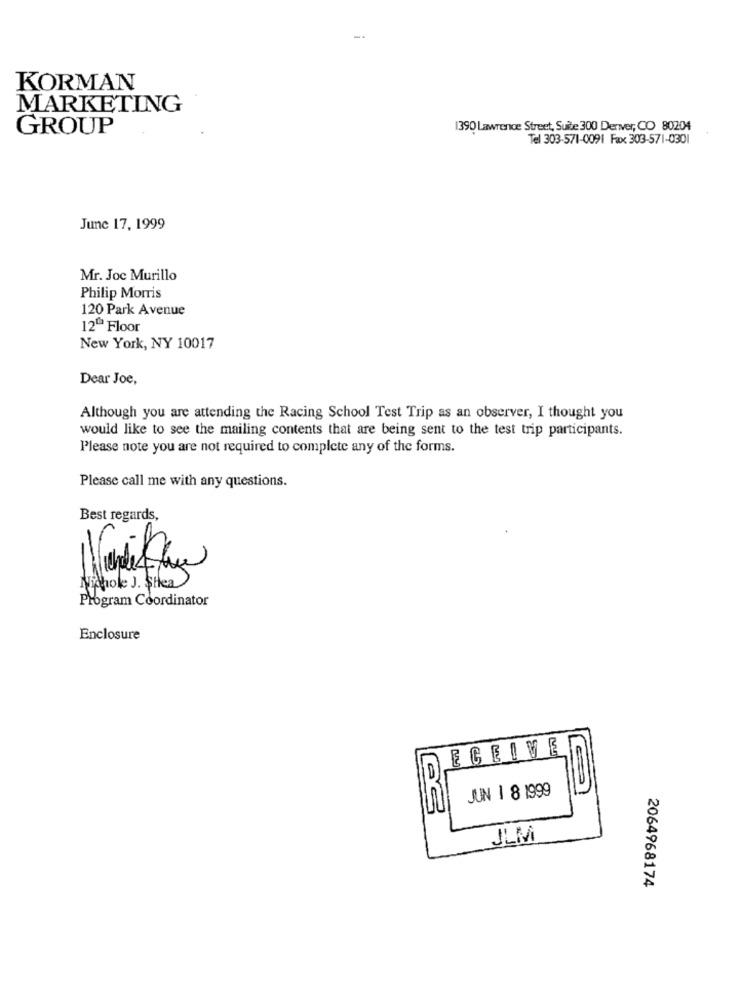
KORMAN
MARKETING
GROUP
1390 Lawrence Street, Suite 300 Deriver, CO 80204
Tel 303-571-0091 Fax 303-571-0301
June 17, 1999
Mr. Joc Murillo
Philip Morris
120 Park Avenue
12º Floor
New York, NY 10017
Dear Joe,
Although you are attending the Racing School Test Trip as an observer, I thought you
would like to see the mailing contents that are being sent to the test trip participants.
Please note you are not required to complete any of the forms.
Please call me with any questions.
Best regards,
Nichole J. $Hea
Program Coordinator
Enclosure
ECEIVE
JUN 1 8 1999
JLM
2064968174